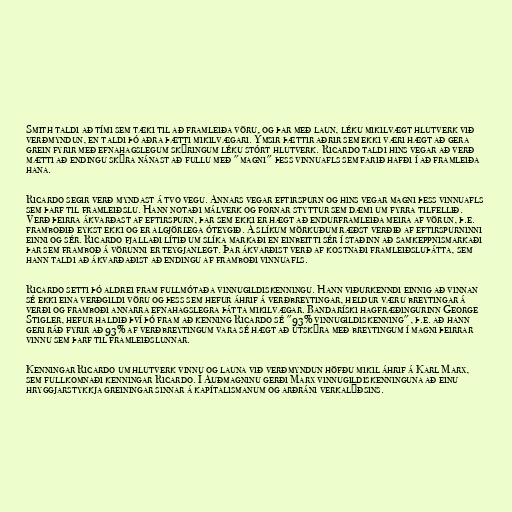
Smith taldi að tími sem tæki til að framleiða vöru, og þar með laun, léku mikilvægt hlutverk við
verðmyndun, en taldi þó aðra þætti mikilvægari. Ýmsir þættir aðrir sem ekki væri hægt að gera
grein fyrir með efnahagslegum skýringum léku stórt hlutverk. Ricardo taldi hins vegar að verð
mætti að endingu skýra nánast að fullu með "magni" þess vinnuafls sem farið hafði í að framleiða
hana.

Ricardo segir verð myndast á tvo vegu. Annars vegar eftirspurn og hins vegar magni þess vinnuafls
sem þarf til framleiðslu. Hann notaði málverk og fornar styttur sem dæmi um fyrra tilfellið.
Verð þeirra ákvarðast af eftirspurn, þar sem ekki er hægt að endurframleiða meira af vörun, þ.e.
framboðið eykst ekki og er algjörlega óteygið. Á slíkum mörkuðum ræðst verðið af eftirspurninni
einni og sér. Ricardo fjallaði lítið um slíka markaði en einbeitti sér í staðinn að samkeppnismarkaði
þar sem framboð á vörunni er teygjanlegt. Þar ákvarðist verð af kostnaði framleiðsluþátta, sem
hann taldi að ákvarðaðist að endingu af framboði vinnuafls.

Ricardo setti þó aldrei fram fullmótaða vinnugildiskenningu. Hann viðurkenndi einnig að vinnan
sé ekki eina verðgildi vöru og þess sem hefur áhrif á verðbreytingar, heldur væru breytingar á
verði og framboði annarra efnahagslegra þátta mikilvægar. Bandaríski hagfræðingurinn George
Stigler, hefur haldið því þó fram að kenning Ricardo sé "93% vinnugildiskenning", þ.e. að hann
geri ráð fyrir að 93% af verðbreytingum vara sé hægt að útskýra með breytingum í magni þeirrar
vinnu sem þarf til framleiðslunnar.

Kenningar Ricardo um hlutverk vinnu og launa við verðmyndun höfðu mikil áhrif á Karl Marx,
sem fullkomnaði kenningar Ricardo. Í Auðmagninu gerði Marx vinnugildiskenninguna að einu
hryggjarstykkja greiningar sinnar á kapítalismanum og arðráni verkalýðsins.